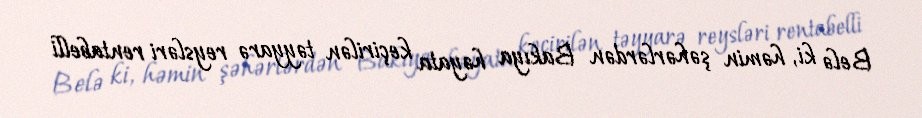
Belə ki, həmin şəhərlərdən Bakıya həyata keçirilən təyyarə reysləri rentabelli